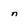
Character: n